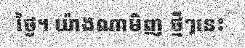
ថ្ងៃ។ យ៉ាងណាមិញ ថ្មីៗនេះ